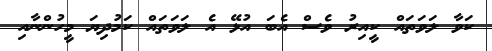
ކަވާ ލަވަތައް ކީއިރު ވެސް އެބަ އުޅޭ އެ ލަވަތައް ކަމުދިޔަ މީހުންނާއި